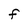
Character: F